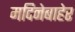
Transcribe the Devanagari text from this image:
मदिनेबाहेर